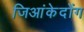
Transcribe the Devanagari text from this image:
जिआंकेदोंग